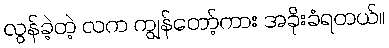
လွန်ခဲ့တဲ့ လက ကျွန်တော့်ကား အခိုးခံရတယ်။